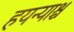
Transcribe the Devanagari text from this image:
हयन्याश्च